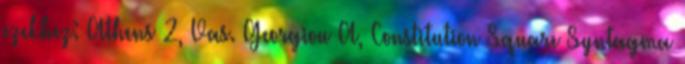
ezekhez: Athens 2, Vas. Georgiou A, Constitution Square Syntagma